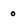
Character: 0